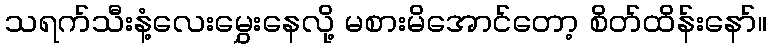
သရက်သီးနံ့လေးမွှေးနေလို့ မစားမိအောင်တော့ စိတ်ထိန်းနော်။